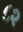
૮૨